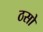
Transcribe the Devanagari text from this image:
ठसो